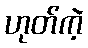
ဟုတ်ကဲ့